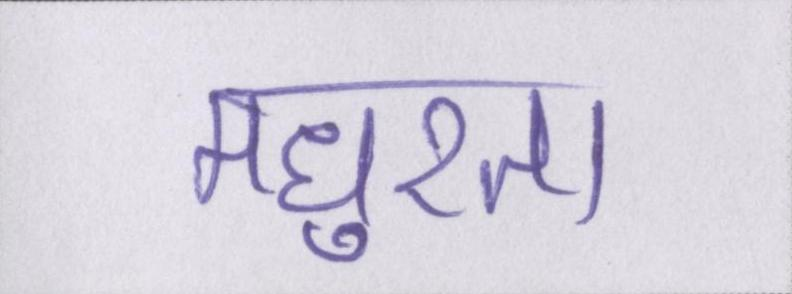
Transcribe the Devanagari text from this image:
मधुरता